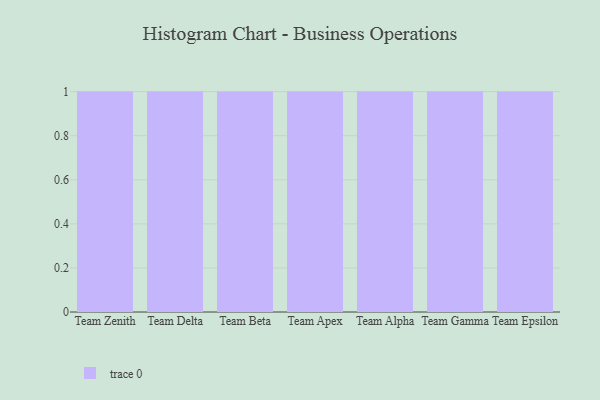
{"axis": {"x": "Team", "y": "Inventory Turnover"}, "legend": [""], "data": [{"x": "Team Zenith", "y": 63, "type": ""}, {"x": "Team Delta", "y": 67, "type": ""}, {"x": "Team Beta", "y": 89, "type": ""}, {"x": "Team Apex", "y": 41, "type": ""}, {"x": "Team Alpha", "y": 70, "type": ""}, {"x": "Team Gamma", "y": 77, "type": ""}, {"x": "Team Epsilon", "y": 10, "type": ""}]}